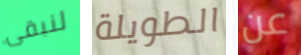
لنبقى الطويلة عن